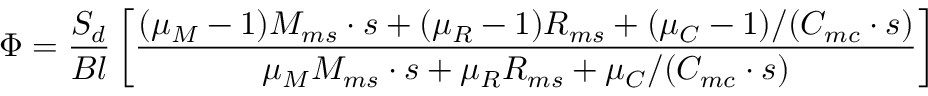
\Phi = \frac { S _ { d } } { B l } \left[ \frac { ( \mu _ { M } - 1 ) M _ { m s } \cdot s + ( \mu _ { R } - 1 ) R _ { m s } + ( \mu _ { C } - 1 ) / ( C _ { m c } \cdot s ) } { \mu _ { M } M _ { m s } \cdot s + \mu _ { R } R _ { m s } + \mu _ { C } / ( C _ { m c } \cdot s ) } \right]